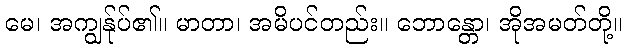
မေ၊ အကျွန်ုပ်၏။ မာတာ၊ အမိပင်တည်း။ ဘောန္တော၊ အိုအမတ်တို့။